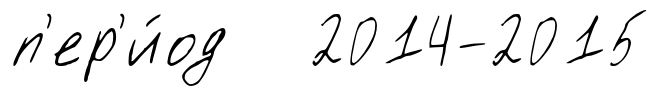
п'ер'и́од 2014-2015